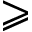
\geqslant